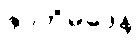
ဇာတိမဒေန